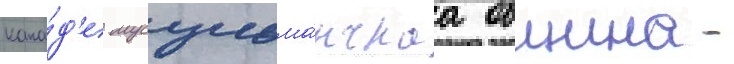
кана́д'е мусульма́нскаа община -